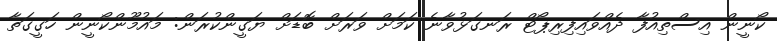
ކޯނީން އިސްތިއުފާ ދެއްވައިފިރިޕޯޓް ރަނގަޅުވާނެ ކަމަށް ވަރަށް ބޮޑަށް ޔަގީންކުރަން: މައުމޫންކޯނީން ހަގީގަތާ